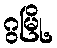
ဂွမြို့